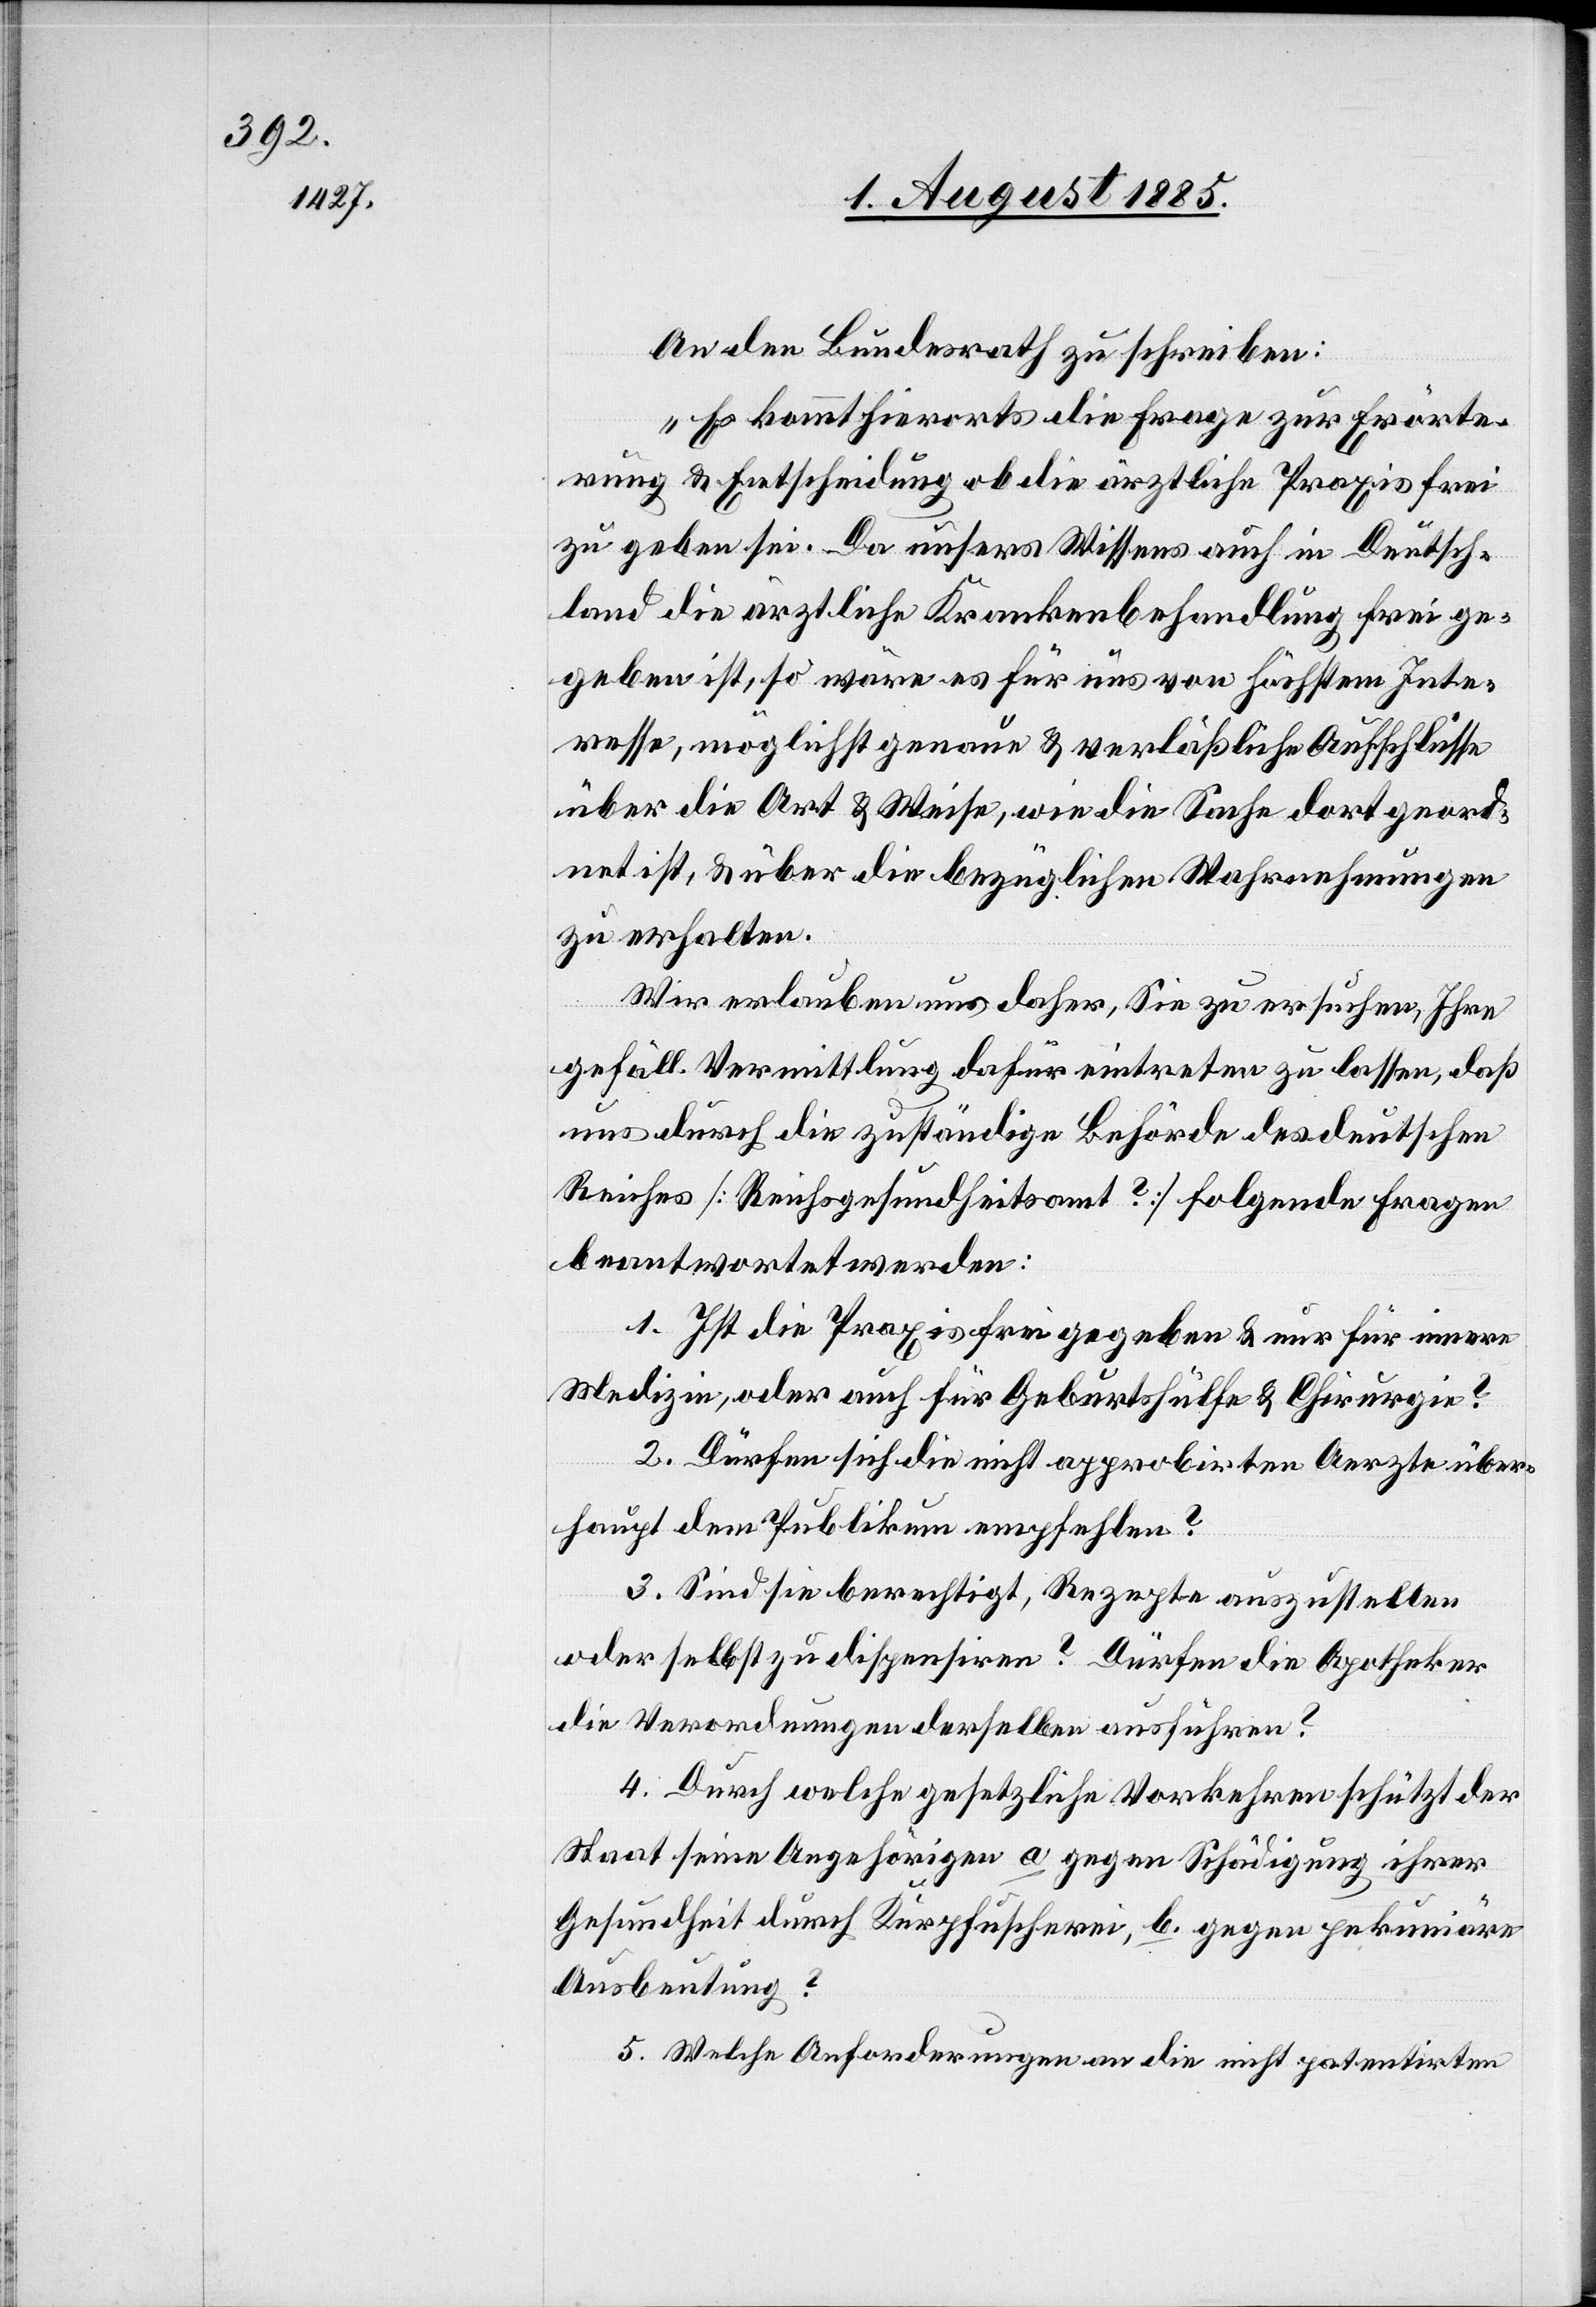
An den Bundesrath zu schreiben:
„Es kommt hierorts die Frage zur Erörte¬
rung & Entscheidung ob die ärztliche Praxis frei
zu geben sei. Da unsers Wissens auch in Deutsch¬
land die ärztliche Krankenbehandlung freige¬
geben ist, so wäre es für uns von höchstem Inte¬
resse, möglichst genaue & verläßliche Aufschlüsse
über die Art & Weise, wie die Sache dort geord¬
net ist, & über die bezüglichen Wahrnehmungen
zu erhalten.
Wir erlauben uns daher, Sie zu ersuchen, Ihre
gefäll. Vermittlung dafür eintreten zu lassen, daß
uns durch die zuständige Behörde des deutschen
Reiches [Reichsgesundheitsamt?] folgende Fragen
beantwortet werden:
1. Ist die Praxis frei gegeben & nur für innere
Medizin, & oder auch für Geburtshülfe & Chirurgie?
2. Dürfen sich die nicht approbirten Aerzte über¬
haupt dem Publikum empfehlen?
3. Sind sie berechtigt, Rezepte auszustellen
oder selbst zu dispensiren? Dürfen die Apotheker
die Verordnungen derselben ausführen?
4. Durch welche gesetzliche Vorkehren schützt der
Staat seine Angehörigen a gegen Schädigung ihrer
Gesundheit durch Kurpfuscherei, b. gegen pekuniäre
Ausbeutung?
5. Welche Anforderungen an die nicht patentirten